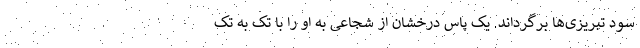
سود تبریزی‌ها برگرداند. یک پاس درخشان از شجاعی به او را با تک به تک